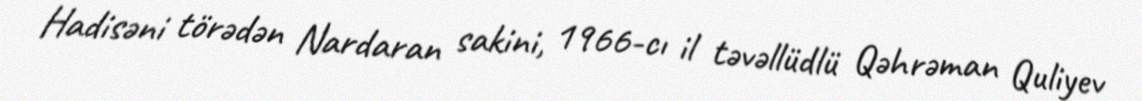
Hadisəni törədən Nardaran sakini, 1966-cı il təvəllüdlü Qəhrəman Quliyev